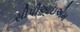
સીપીઆઇએમ